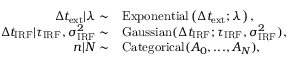
\begin{array} { r l } { \Delta t _ { \mathrm { e x t } } | \lambda \sim } & { \mathrm { E x p o n e n t i a l } \left( \Delta t _ { \mathrm { e x t } } ; \lambda \right) , } \\ { \Delta t _ { \mathrm { I R F } } | \tau _ { \mathrm { I R F } } , \sigma _ { \mathrm { I R F } } ^ { 2 } \sim } & { \mathrm { G a u s s i a n } ( \Delta t _ { \mathrm { I R F } } ; \tau _ { \mathrm { I R F } } , \sigma _ { \mathrm { I R F } } ^ { 2 } ) , } \\ { n | N \sim } & { \mathrm { C a t e g o r i c a l } ( A _ { 0 } , . . . , A _ { N } ) , } \end{array}